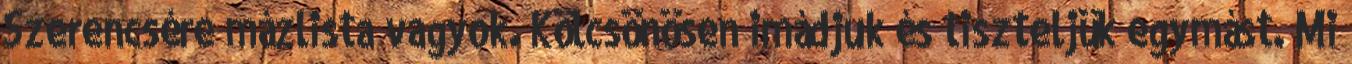
Szerencsére mázlista vagyok. Kölcsönösen imádjuk és tiszteljük egymást. Mi